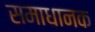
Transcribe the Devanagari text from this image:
समाधानक